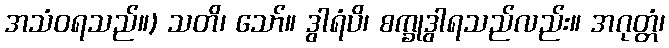
အသံဝရသည်။) သတိ၊ သော်။ ဒွါရံပိ၊ စက္ခုဒွါရသည်လည်း။ အဂုတ္တံ၊